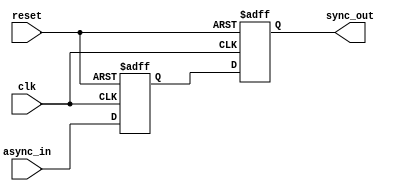
module TwoFF_Metastability_Detector (
    input wire clk,          // Clock signal
    input wire async_in,     // Asynchronous input signal
    input wire reset,        // Optional reset signal
    output reg sync_out      // Synchronized output signal
);

    // Internal signals for the first and second flip-flops
    reg ff1_out;            // Output of the first flip-flop

    // First Flip-Flop (FF1)
    always @(posedge clk or posedge reset) begin
        if (reset) begin
            ff1_out <= 1'b0; // Initialize FF1 to a known state
        end else begin
            ff1_out <= async_in; // Sample the asynchronous input
        end
    end

    // Second Flip-Flop (FF2)
    always @(posedge clk or posedge reset) begin
        if (reset) begin
            sync_out <= 1'b0; // Initialize FF2 to a known state
        end else begin
            sync_out <= ff1_out; // Sample the output of FF1
        end
    end

endmodule